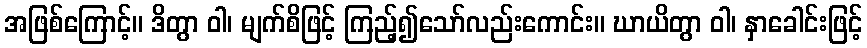
အဖြစ်ကြောင့်။ ဒိတွာ ဝါ၊ မျက်စိဖြင့် ကြည့်၍သော်လည်းကောင်း။ ဃာယိတွာ ဝါ၊ နှာခေါင်းဖြင့်